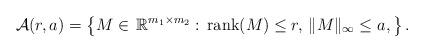
LaTeX: \begin{align*} {\cal A}(r,a) &= \left \{ M \in\,\mathbb R^{m_1\times m_2}:\, \mathrm{rank}(M)\leq r,\,\Vert M\Vert_{\infty}\leq a, \right \}. \end{align*}